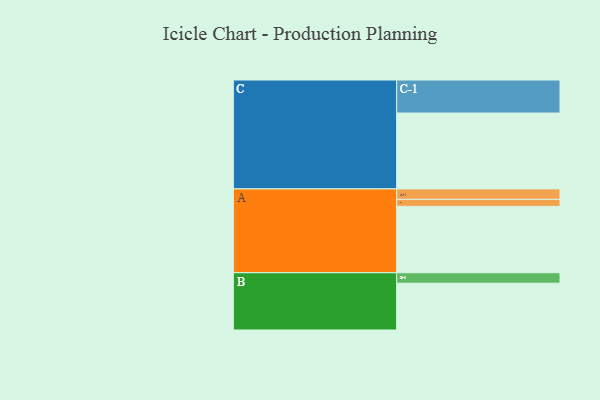
{"axis": {"x": "Segment", "y": "Value"}, "legend": ["", "A", "B", "C"], "data": [{"x": "A", "y": 482, "type": ""}, {"x": "B", "y": 340, "type": ""}, {"x": "C", "y": 551, "type": ""}, {"x": "A-1", "y": 76, "type": "A"}, {"x": "A-2", "y": 51, "type": "A"}, {"x": "B-1", "y": 76, "type": "B"}, {"x": "C-1", "y": 240, "type": "C"}]}